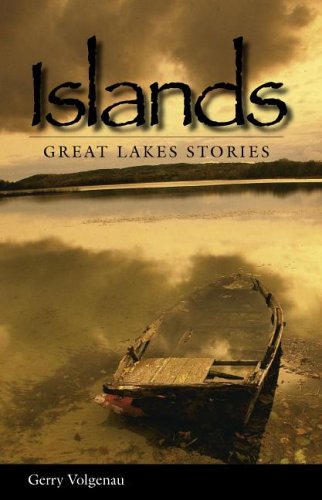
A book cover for Islands: Great Lakes' Legends; Gerry Volgenau; Travel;